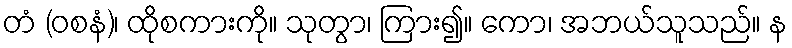
တံ (ဝစနံ)၊ ထိုစကားကို။ သုတွာ၊ ကြား၍။ ကော၊ အဘယ်သူသည်။ န